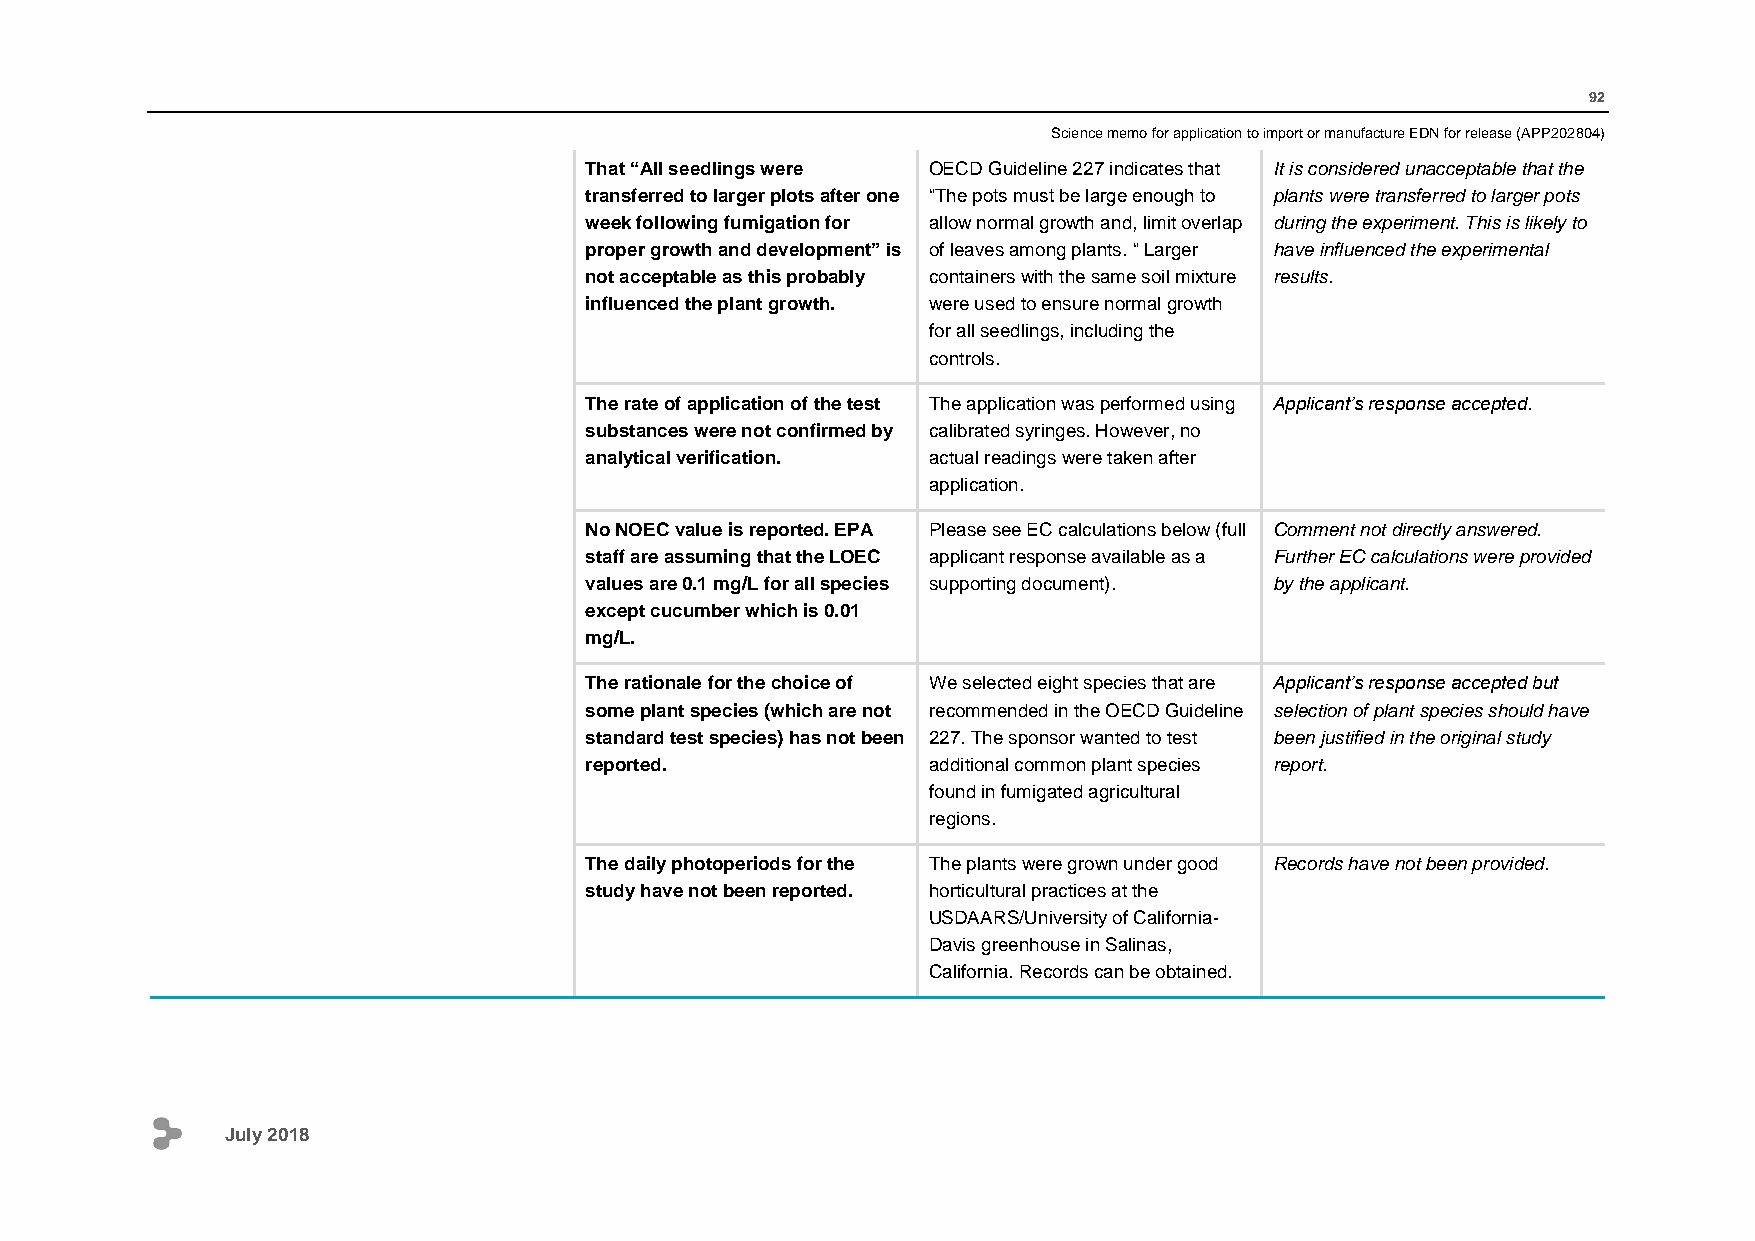
92
 Science memo for application to import or manufacture EDN for release (APP202804)
 That “All seedlings were OECD Guideline 227 indicates that It is considered unacceptable that the
 transferred to larger plots after one “The pots must be large enough to plants were transferred to larger pots
 week following fumigation for allow normal growth and, limit overlap during the experiment. This is likely to
 proper growth and development” is of leaves among plants. “ Larger have influenced the experimental
 not acceptable as this probably containers with the same soil mixture results.
 influenced the plant growth. were used to ensure normal growth
 for all seedlings, including the
 controls.
 The rate of application of the test The application was performed using Applicant’s response accepted.
 substances were not confirmed by calibrated syringes. However, no
 analytical verification. actual readings were taken after
 application.
 No NOEC value is reported. EPA Please see EC calculations below (full Comment not directly answered.
 staff are assuming that the LOEC applicant response available as a Further EC calculations were provided
 values are 0.1 mg/L for all species supporting document). by the applicant.
 except cucumber which is 0.01
 mg/L.
 The rationale for the choice of We selected eight species that are Applicant’s response accepted but
 some plant species (which are not recommended in the OECD Guideline selection of plant species should have
 standard test species) has not been 227. The sponsor wanted to test been justified in the original study
 reported.             additional common plant species report.
 found in fumigated agricultural
 regions.
 The daily photoperiods for the The plants were grown under good Records have not been provided.
 study have not been reported. horticultural practices at the
 USDAARS/University of California-
 Davis greenhouse in Salinas,
 California. Records can be obtained.
 July 2018